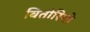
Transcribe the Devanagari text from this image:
वितोरियो